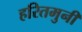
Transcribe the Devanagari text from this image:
हरितमुनी